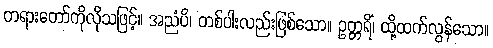
တရားတော်ကိုလိုသဖြင့်။ အညံပိ၊ တစ်ပါးလည်းဖြစ်သော။ ဥတ္တရိံ၊ ထို့ထက်လွန်သော။